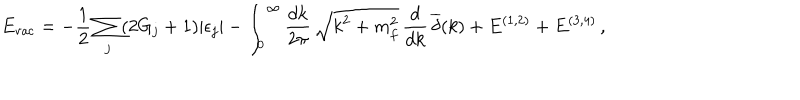
LaTeX: E _ { \mathrm { v a c } } = - \frac { 1 } { 2 } \sum _ { j } ( 2 G _ { j } + 1 ) | \epsilon _ { j } | - \int _ { 0 } ^ { \infty } \frac { d k } { 2 \pi } \, \sqrt { k ^ { 2 } + m _ { f } ^ { 2 } } \, \frac { d } { d k } \, \overline { { { \delta } } } ( k ) + E ^ { ( 1 , 2 ) } + E ^ { ( 3 , 4 ) } \, ,